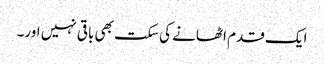
ایک قدم اٹھانے کی سکت بھی باقی نہیں اور۔